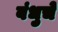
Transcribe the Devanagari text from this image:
बंधुचे